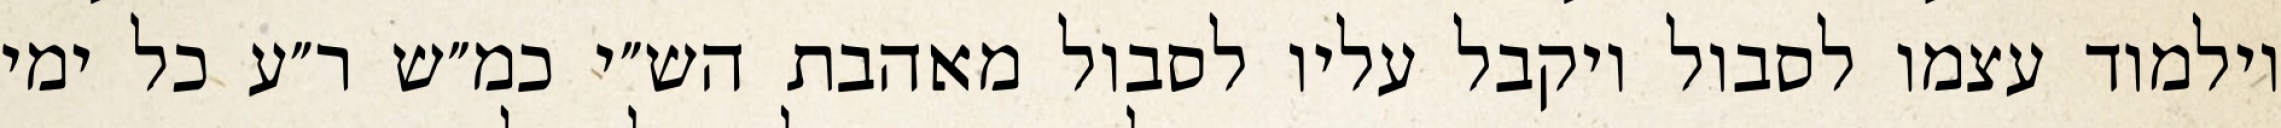
וילמוד עצמו לסבול ויקבל עליו לסבול מאהבת הש״י כמ״ש ר״ע כל ימי